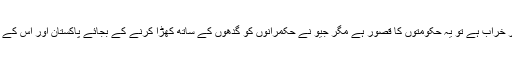
یہاں یہ نکتہ بھی اہم ہے کہ پاکستان کا نصاب اگر خراب ہے تو یہ حکومتوں کا قصور ہے مگر جیو نے حکمرانوں کو گدھوں کے ساتھ کھڑا کرنے کے بجائے پاکستان اور اس کے 18کروڑ لوگوں کو گدھوں کے ساتھ کھڑا کردیا۔